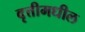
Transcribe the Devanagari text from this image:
वृत्तीमधील